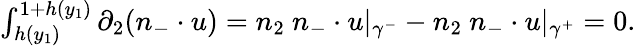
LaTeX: \begin{array}{r}{\int_{h(y_{1})}^{1+h(y_{1})}\partial_{2}(n_{-}\cdot u)=n_{2}\ n_{-}\cdot u\vert_{\gamma^{-}}-n_{2}\ n_{-}\cdot u\vert_{\gamma^{+}}=0.}\end{array}